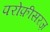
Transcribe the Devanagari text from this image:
परोफ़ीसरज़